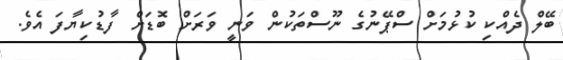
ބޭލް ދެއްކި ކުޅުމަށް ސްޕޭނުގެ ނޫސްތަކުން ވަނީ ވަރަށް ބޮޑަށް ފާޑުކިޔާފަ އެވެ.